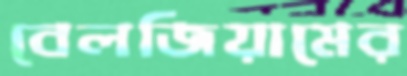
বেলজিয়ামের